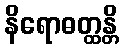
နိရောဓတ္ထန္တိ